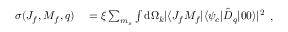
\begin{array} { r l } { \sigma ( J _ { f } , M _ { f } , q ) } & { { } = \xi \sum _ { m _ { s } } \int \mathrm { d } \Omega _ { k } | \langle J _ { f } M _ { f } | \langle \psi _ { c } | \hat { D } _ { q } | 0 0 \rangle | ^ { 2 } } \end{array} ,